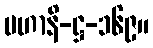
မဟာနိ-ဋ္ဌ-၁၆၉။